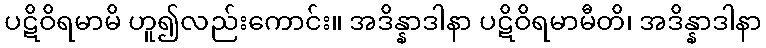
ပဋိဝိရမာမိ ဟူ၍လည်းကောင်း။ အဒိန္နာဒါနာ ပဋိဝိရမာမီတိ၊ အဒိန္နာဒါနာ